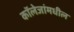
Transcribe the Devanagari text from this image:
कॉलेजांमधील